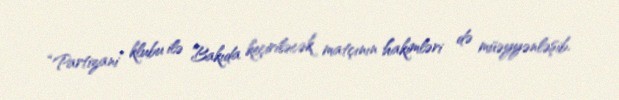
“Partizani” klubu ilə Bakıda keçiriləcək matçının hakimləri də müəyyənləşib.